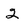
Character: 2